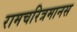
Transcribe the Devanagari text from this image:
रामचरित्रमानस